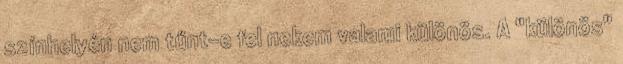
színhelyén nem tűnt-e fel nekem valami különös. A "különös"